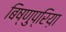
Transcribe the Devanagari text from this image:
बिष्णुप्रिय़ा